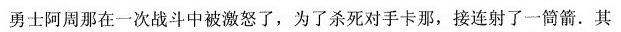
勇士阿周那在一次战斗中被激怒了，为了杀死对手卡那，接连射了一筒箭. 其